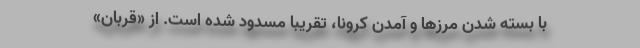
با بسته شدن مرزها و آمدن کرونا، تقریباً مسدود شده است. از «قربان»